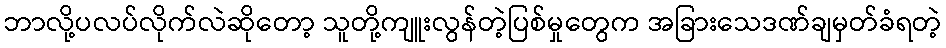
ဘာလို့ပလပ်လိုက်လဲဆိုတော့ သူတို့ကျူးလွန်တဲ့ပြစ်မှုတွေက အခြားသေဒဏ်ချမှတ်ခံရတဲ့